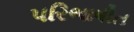
પરિભાષીત